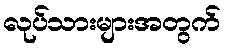
လုပ်သားများအတွက်